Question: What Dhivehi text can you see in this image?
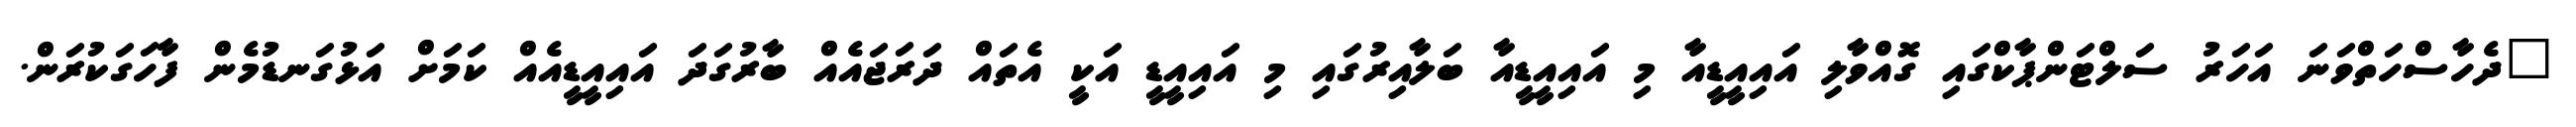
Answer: "ދެހާސްހަތްވަނަ އަހަރު ސަލްޓަންޕާކްގައި ގޮއްވާލި އައިއީޑީއާ މި އައިއީޑީއާ ބަލާއިރުގައި މި އައިއީޑީ އަކީ އެތައް ދަރަޖައެއް ބާރުގަދަ އައިއީޑީއެއް ކަމަށް އަޅުގަނޑުމެން ފާހަގަކުރަން.